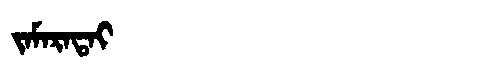
Manchu: ᠵᠠᠮᠠᡵᠠᡨᠠᡳ
Romanization: JAMARATAI